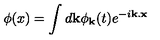
\phi ( x ) = \int d { \bf k } \phi _ { { \bf k } } ( t ) e ^ { - i { \bf k } . { \bf x } }